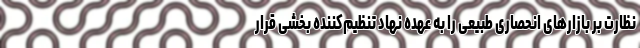
نظارت بر بازارهای انحصاری طبیعی را به عهده نهاد تنظیم‌کننده بخشی قرار